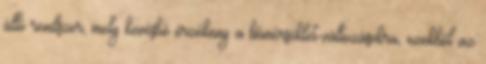
álló rendszer, mely kevésbé érzékeny a hőmérséklet-változásokra, ezekből az